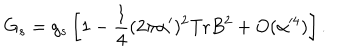
G _ { s } = g _ { s } \left[ 1 - \frac { 1 } { 4 } ( 2 \pi \alpha ^ { \prime } ) ^ { 2 } \mathrm { T r } B ^ { 2 } + O ( \alpha ^ { 4 } ) \right] .